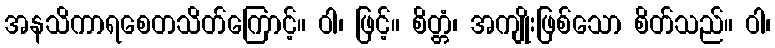
အနသိကာရစေတသိတ်ကြောင့်။ ဝါ၊ ဖြင့်။ စိတ္တံ၊ အကျိုးဖြစ်သော စိတ်သည်။ ဝါ၊